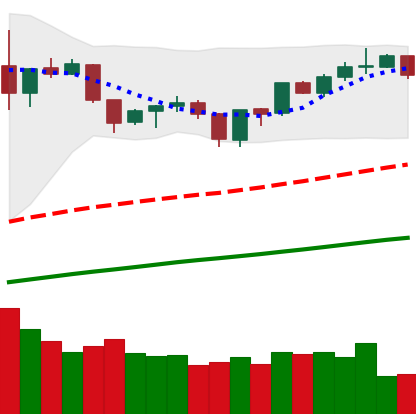
Ticker: ETH-USD
Chart end date: 2019-06-18
Forward return: 16.139%
Label: up_7plus